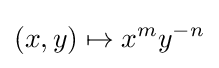
(x,y)\mapsto x^{m}y^{-n}